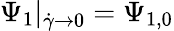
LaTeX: \Psi_{1}|_{\dot{\gamma}\to 0}=\Psi_{1,0}